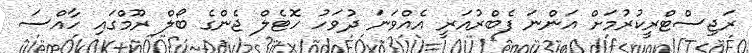
ރަޖިސްޓްރީކުރުމަށް އަންނަ ފެބްރުއަރީ އެއްވަނަ ދުވަހު ހޮޓެލް ޖެންގެ ބޯލް ރޫމްގައި ހާއްސަ